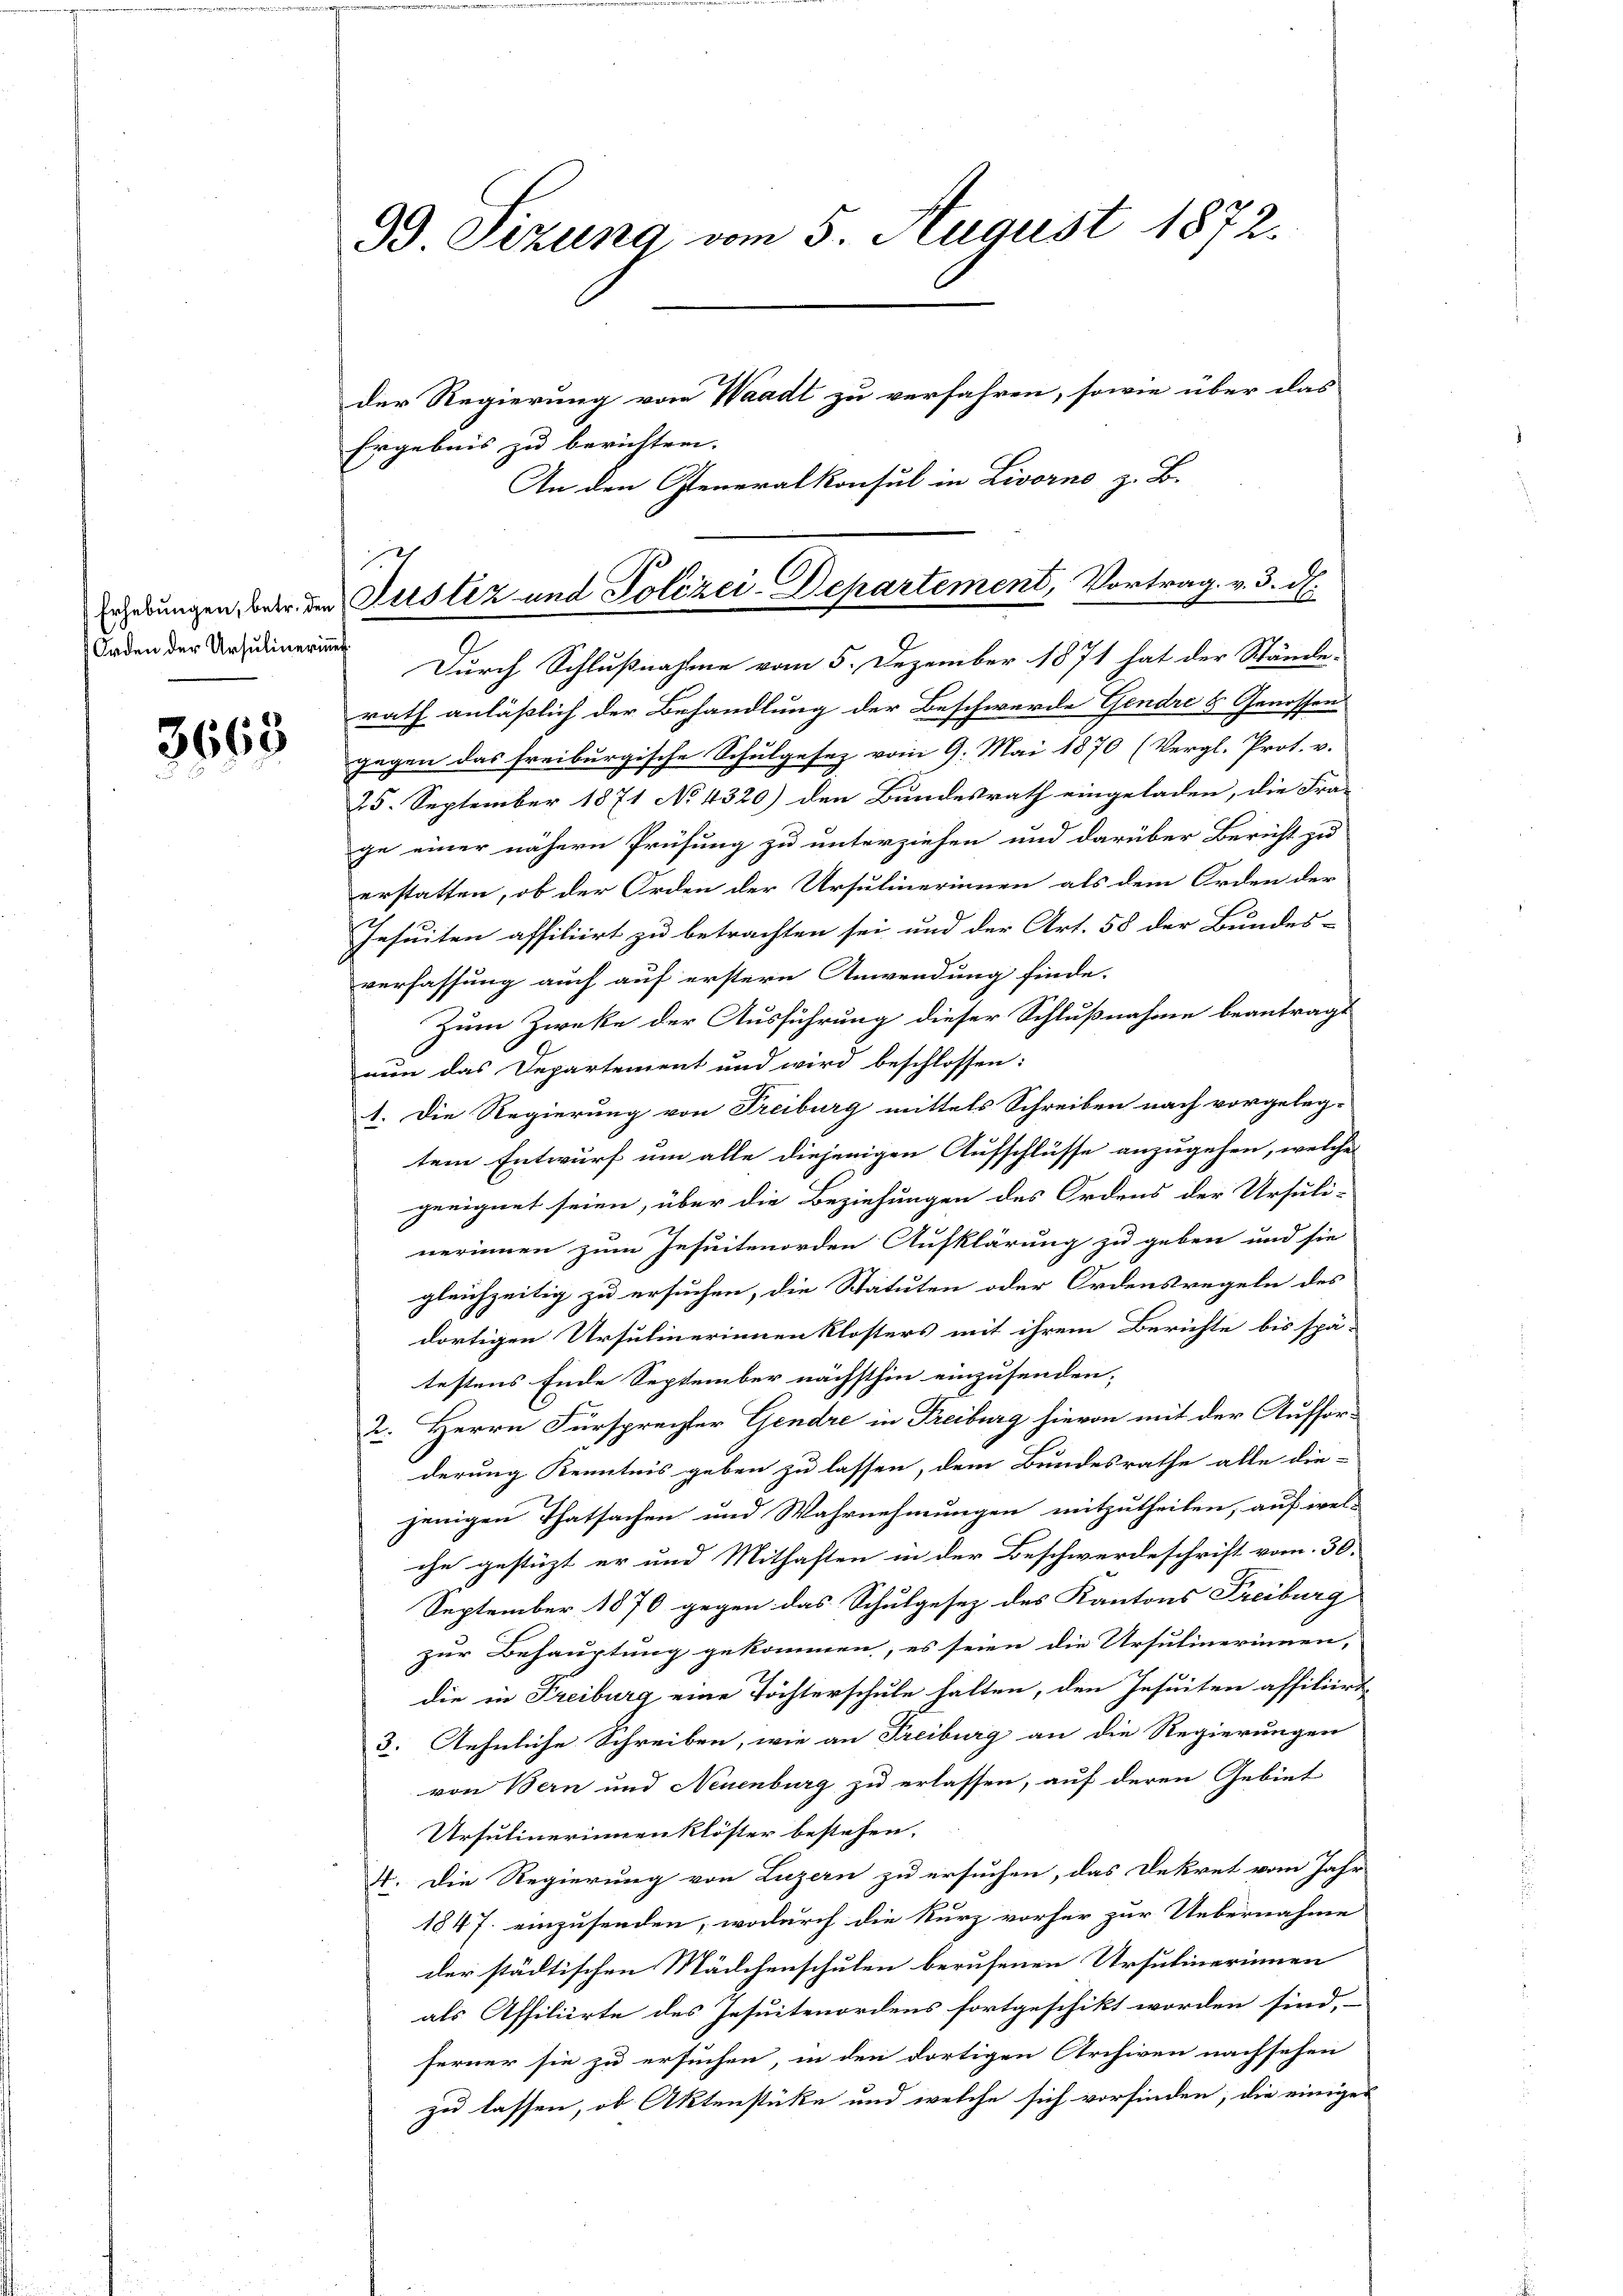
Orden der Ursulinerinner

3668

93. Sizung vom 5. August 1872.

der Regierung vom Waadt zu verfahren, sowie über das
Ergebnis zu berichten.
An den Generalkonsul in Livorno z. B.
Durch Schlußnahme vom 5. Dezember 1871 hat der Stände
rath anläßlich der Behandlung der Beschwerde Gendre & Genossen
gegen das freiburgische Schulgesez vom 9. Mai 1870 (Vergl. Prot. v.
25. September 1871 No 4320) den Bundesrath eingeladen, die Fra-
ge einer nähern Prüfung zu unterziehen und darüber Bericht zu
erstatten, ob der Orden der Ursulinerinnen als dem Orden der
Jesuiten affiliirt zu betrachten sei und der Art. 58 der Bundes-
verfassung auch auf erstern Anwendung finde.
Zum Zwecke der Ausführung dieser Schlußnahme beantragt
nun das Departement und wird beschlossen:
1. Die Regierung von Freiburg mittels Schreiben nach vorgeleg-
tem Entwurf um alle diejenigen Aufschlusse anzugehen, welche
geeignet seien, über die Beziehungen des Ordens der Ursuli-
nerinnen zum Jesuitenorden Aufklärung zu geben und sie
gleichzeitig zu ersuchen, die Statuten oder Ordensregeln des
dortigen Ursulinerinnen Klosters mit ihrem Berichte bis spä-
testens Ende September nächsthin einzusenden,
2. Herrn Fürsprecher Gendre in Freiburg hievon mit der Aufforderung Kenntnis geben zu lassen, dem Bundesrathe alle die-
jenigen Thatsachen und Wahrnehmungen mitzutheilen, auf wel-
che gestüzt er und Mithaften in der Beschwerdeschrift vom 30.
September 1870 gegen das Schulgesez des Kantons Freiburg
zur Behauptung gekommen, es seien die Ursulinerinnen,
die in Freiburg eine Töchterschule halten, den Jesuiten affiliirt
3. Aehnliche Schreiben, wie an Freiburg an die Regierungen
von Bern und Neuenburg zu erlassen, auf deren Gebiet
Ursulinerinnenklöster bestehen.
4. Die Regierung von Luzern zu ersuchen, das Dekret vom Jahr
1847 einzusenden, wodurch die Kurz vorher zur Uebernahme
der städtischen Mädchenschulen berufenen Ursulinerinnen
als Affiliirte des Jesuitenordens fortgeschikt worden sind,
ferner sie zu ersuchen, in den dortigen Archiven nachsehen
zu lassen, ob Aktenstüke und welche sich vorfinden, die einiger

x
ierungen oder der Justiz und Polizei-Departement, Vortrag. v. 3. d.